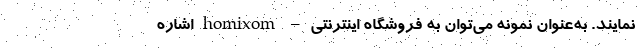
نمایند. به‌عنوان نمونه می‌توان به فروشگاه اینترنتی – homixom اشاره